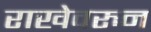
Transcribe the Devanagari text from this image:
राखेवरुन